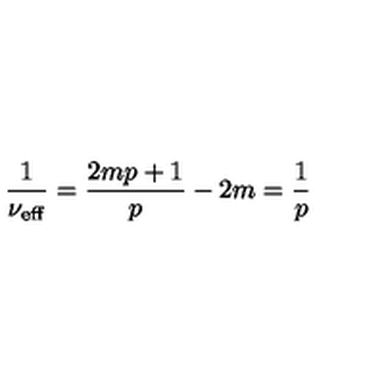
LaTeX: \frac { 1 } { \nu _ { \mathrm { { e f f } } } } = \frac { 2 m p + 1 } { p } - 2 m = \frac { 1 } { p }